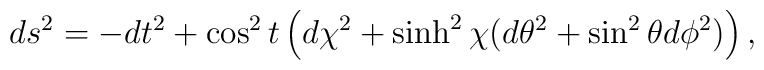
ds^2 = - dt^2 + \cos^2t \left( d\chi^{2} + \sinh^2\chi (d\theta^2+\sin^{2}\theta d\phi^{2} ) \right),